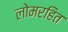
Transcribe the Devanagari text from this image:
लोमरहित